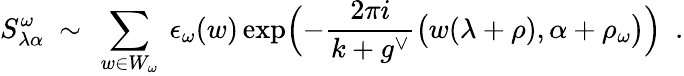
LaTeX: S_{\lambda\alpha}^{\omega}\ \sim\ \sum_{w\in W_{\omega}}\ \epsilon_{\omega}(w)\exp\Bigl(-\frac{2\pi i}{k+g^{\vee}}\bigl(w(\lambda+\rho),\alpha+\rho_{\omega}\bigr)\Bigr)\ \ .